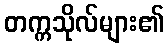
တက္ကသိုလ်များ၏